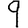
Digit: 9